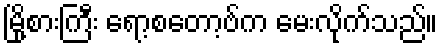
မြို့စားကြီး ရော့စတော့ဗ်က မေးလိုက်သည်။